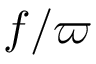
f / \varpi